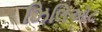
ઝિલિઓટ